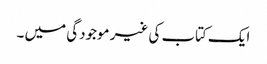
ایک کتاب کی غیر موجودگی میں ۔